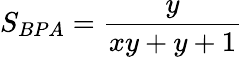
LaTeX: S_{BPA}={\frac{y}{xy+y+1}}